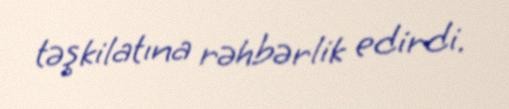
təşkilatına rəhbərlik edirdi.